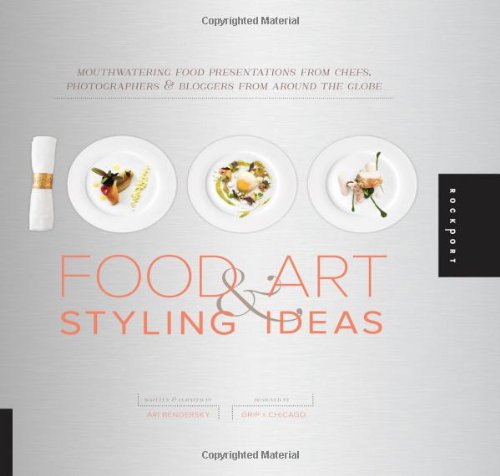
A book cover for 1,000 Food Art and Styling Ideas: Mouthwatering Food Presentations from Chefs, Photographers, and Bloggers from Around the Globe (1000 Series); Ari Bendersky; Cookbooks, Food & Wine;